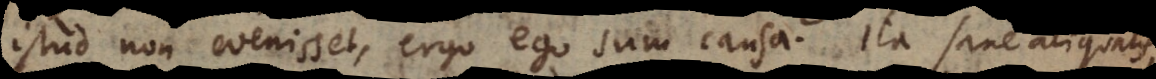
istud non evenisset, ergo ego sum causa? Ita sane aliqualis,